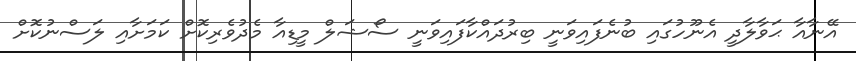
އޭނާއާ ޙަވާލާދީ އެނޫހުގައި ބުނެފައިވަނީ ބިރުދައްކާފައިވަނީ ސޯޝަލް މީޑިއާ މެދުވެރިކޮށް ކަމަށާއި ލަސްނުކޮށް